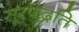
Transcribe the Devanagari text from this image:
सूरपद्धति